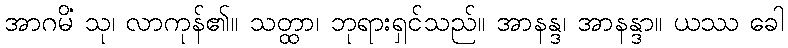
အာဂမိံ သု၊ လာကုန်၏။ သတ္ထာ၊ ဘုရားရှင်သည်။ အာနန္ဒ၊ အာနန္ဒာ။ ယဿ ခေါ